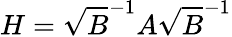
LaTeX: H=\sqrt{B}^{-1}A\sqrt{B}^{-1}